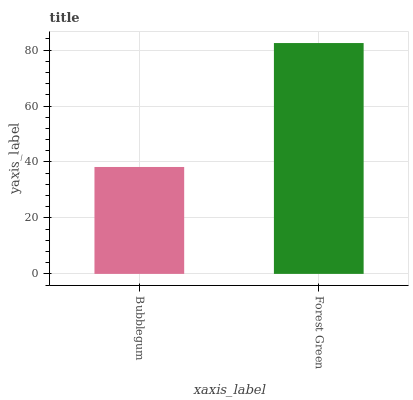
| xaxis_label | bars |
 | --- | --- |
 | Bubblegum | 38.2 |
 | Forest Green | 82.5 |